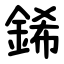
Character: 䤭